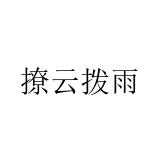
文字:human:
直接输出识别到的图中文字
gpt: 撩云拨雨